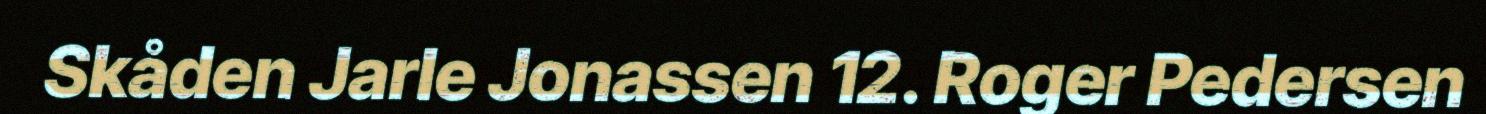
Skåden Jarle Jonassen 12. Roger Pedersen